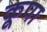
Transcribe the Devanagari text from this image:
कूपा